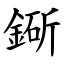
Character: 䤺